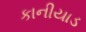
કાનીયાડ